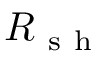
R _ { \mathrm { ~ s ~ h ~ } }